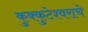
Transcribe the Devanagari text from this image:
कुक्कुटेश्वराचे